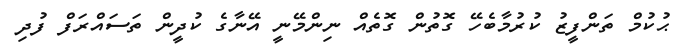
ޙުކުމް ތަންފީޒު ކުރުމާބެހޭ ގޮތުން ގޮތެއް ނިންމޭނީ އޭނާގެ ކުދީން ތަސައްރަފް ފުދި